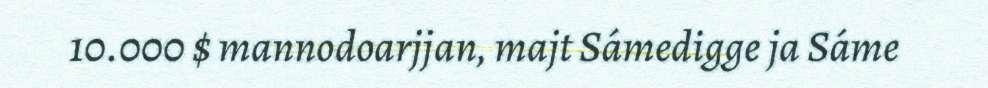
10.000 $ mannodoarjjan, majt Sámedigge ja Sáme